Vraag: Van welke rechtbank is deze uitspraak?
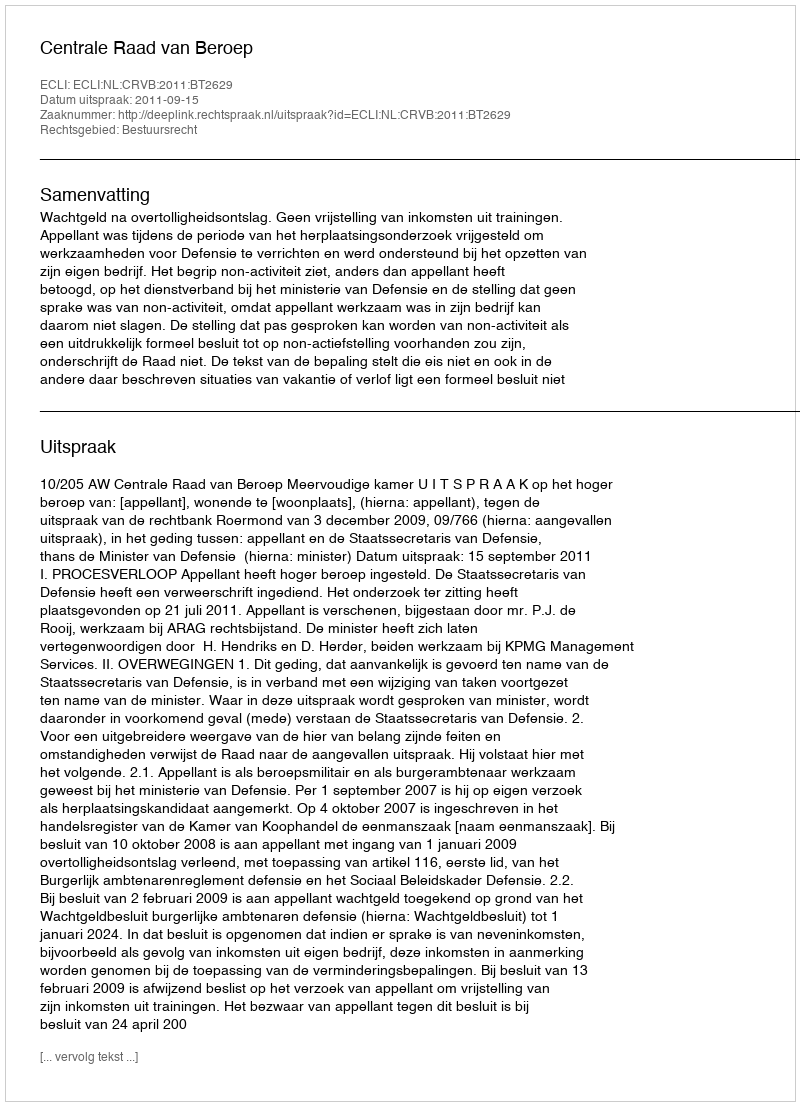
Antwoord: Centrale Raad van Beroep